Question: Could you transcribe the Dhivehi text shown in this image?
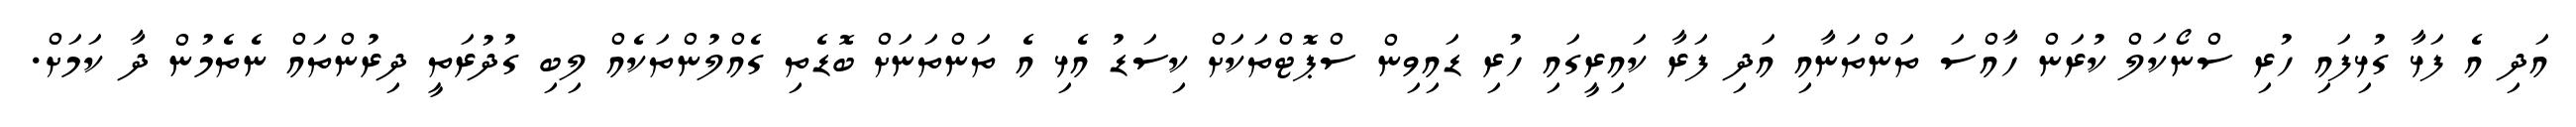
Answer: އަދި އެ ފަޅާ ގުޅިފައި ހުރި ސްނޯކަލް ކުރަން ހާއްސަ ތަންތަނާއި އަދި ފަރާ ކައިރީގައި ހުރި ޑައިވިން ސްޕޮޓްތަކަށް ކިސަޑު އެޅި އެ ތަންތަނަށް ބޮޑެތި ގެއްލުންތަކެއް ލިބި ގުދުރަތީ ދިރުންތައް ނެތެމުން ދާ ކަމަށް.